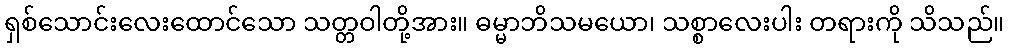
ရှစ်သောင်းလေးထောင်သော သတ္တဝါတို့အား။ ဓမ္မာဘိသမယော၊ သစ္စာလေးပါး တရားကို သိသည်။